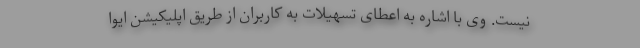
نیست. وی با اشاره به اعطای تسهیلات به کاربران از طریق اپلیکیشن ایوا